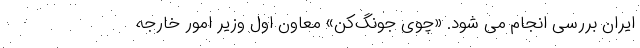
ایران بررسی انجام می شود. «چوی جونگ‌کُن» معاون اول وزیر امور خارجه